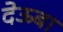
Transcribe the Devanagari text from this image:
देऊबा